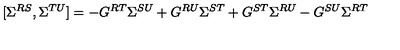
[ \Sigma ^ { R S } , \Sigma ^ { T U } ] = - G ^ { R T } \Sigma ^ { S U } + G ^ { R U } \Sigma ^ { S T } + G ^ { S T } \Sigma ^ { R U } - G ^ { S U } \Sigma ^ { R T }